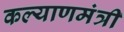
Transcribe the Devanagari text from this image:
कल्याणमंत्री